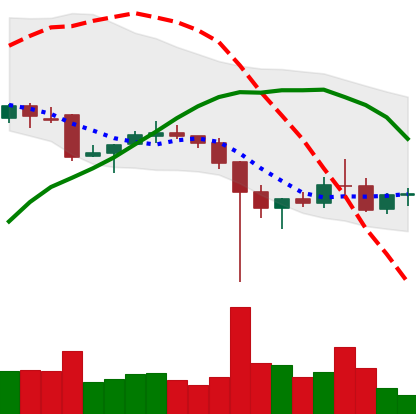
Ticker: XRP-USD
Chart end date: 2021-12-12
Forward return: -4.996%
Label: down_3_5